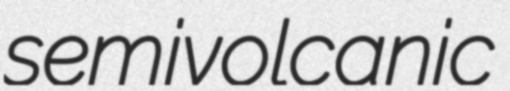
semivolcanic